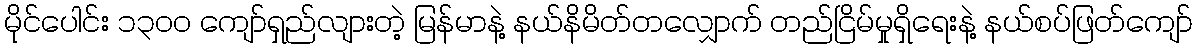
မိုင်ပေါင်း ၁၃၀၀ ကျော်ရှည်လျားတဲ့ မြန်မာနဲ့ နယ်နိမိတ်တလျှောက် တည်ငြိမ်မှုရှိရေးနဲ့ နယ်စပ်ဖြတ်ကျော်